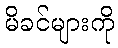
မိခင်များကို